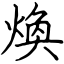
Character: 煥